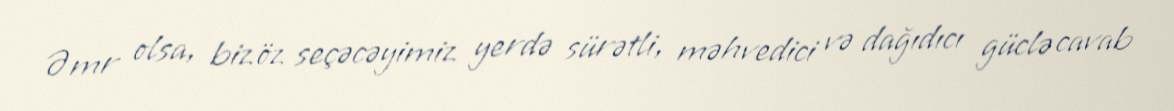
Əmr olsa, biz öz seçəcəyimiz yerdə sürətli, məhvedici və dağıdıcı güclə cavab